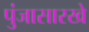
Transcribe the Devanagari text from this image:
पुंजासारखे